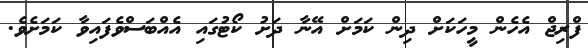
ފްރިޖް އެހެން މީހަކަށް ދިން ކަމަށް އޭނާ ދަށު ކޯޓުގައި އެއްބަސްވެފައިވާ ކަމަށެވެ.